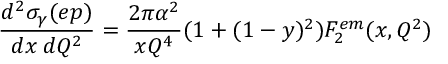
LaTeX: \frac { d ^ { 2 } \sigma _ { \gamma } ( e p ) } { d x \: d Q ^ { 2 } } = \frac { 2 \pi \alpha ^ { 2 } } { x Q ^ { 4 } } ( 1 + ( 1 - y ) ^ { 2 } ) F _ { 2 } ^ { e m } ( x , Q ^ { 2 } )